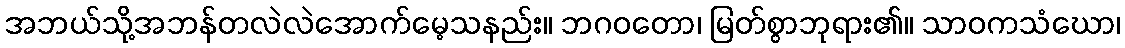
အဘယ်သို့အဘန်တလဲလဲအောက်မေ့သနည်း။ ဘဂဝတော၊ မြတ်စွာဘုရား၏။ သာဝကသံဃော၊